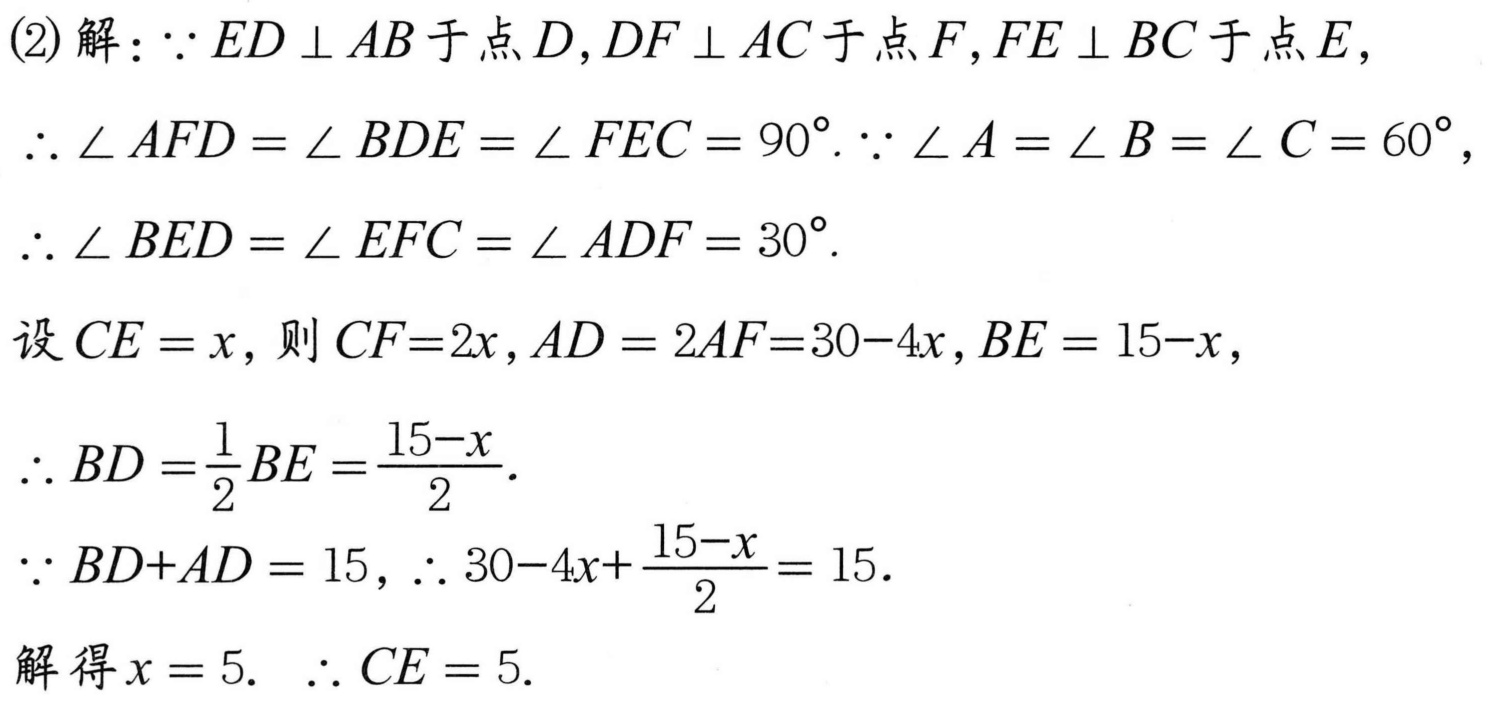
(2) 解：\(\because ED\perp AB\) 于点 \(D\)，\(DF\perp AC\) 于点 \(F\)，\(FE\perp BC\) 于点 \(E\)，
\(\therefore \angle AFD=\angle BDE = \angle FEC = 90^{\circ}\). \(\because \angle A=\angle B=\angle C = 60^{\circ}\)，
\(\therefore \angle BED=\angle EFC=\angle ADF = 30^{\circ}\).
设 \(CE = x\)，则 \(CF = 2x\)，\(AD = 2AF = 30 - 4x\)，\(BE = 15 - x\)，
\(\therefore BD=\frac{1}{2}BE=\frac{15 - x}{2}\).
\(\because BD + AD = 15\)，\(\therefore 30 - 4x+\frac{15 - x}{2}=15\).
解得 \(x = 5\).  \(\therefore CE = 5\).